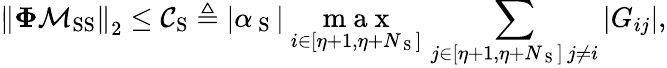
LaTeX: \left\Vert\mathbf{\Phi}\mathbf{\mathcal{M}}_{\mathrm{SS}}\right\Vert_{2}\leq\mathcal{C}_{\mathrm{S}}\triangleq|\alpha_{\mathrm{~S~}}|\ \underset{i\in[\eta+1,\eta+N_{\mathrm{~S~}}]}{\mathrm{~m~a~x~}}\, \sum_{\substack{j\in[\eta+1,\eta+N_{\mathrm{~S~}}]\, j\neq i}}|G_{ij}|,